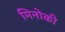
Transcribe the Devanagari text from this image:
मिनोकी